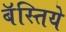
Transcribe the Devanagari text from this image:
बॅस्तिये